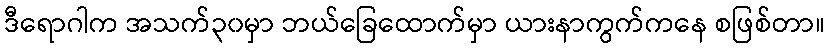
ဒီရောဂါက အသက်၃၀မှာ ဘယ်ခြေထောက်မှာ ယားနာကွက်ကနေ စဖြစ်တာ။